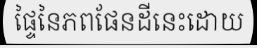
ផ្ទៃនៃភពផែនដីនេះដោយ